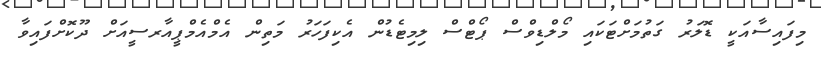
މިފައިސާއަކީ ޑޮލަރު ގަތުމަށްޓަކައި މޯލްޑިވްސް ޕޯޓްސް ލިމިޓެޑުން އެކިފަހަރު މަތިން އެމްއެމްޕީއާރސީއަށް ދޫކޮށްފައިވާ